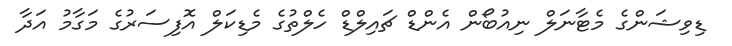
ޑިވިޝަންގެ މެޓާނަލް ނިއުބޯން އެންޑް ޗައިލްޑް ހެލްތުގެ މެޑިކަލް އޮފިސަރުގެ މަގާމު އަދާ